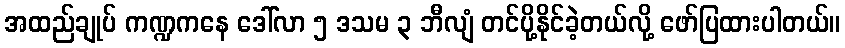
အထည်ချုပ် ကဏ္ဍကနေ ဒေါ်လာ ၅ ဒသမ ၃ ဘီလျံ တင်ပို့နိုင်ခဲ့တယ်လို့ ဖော်ပြထားပါတယ်။